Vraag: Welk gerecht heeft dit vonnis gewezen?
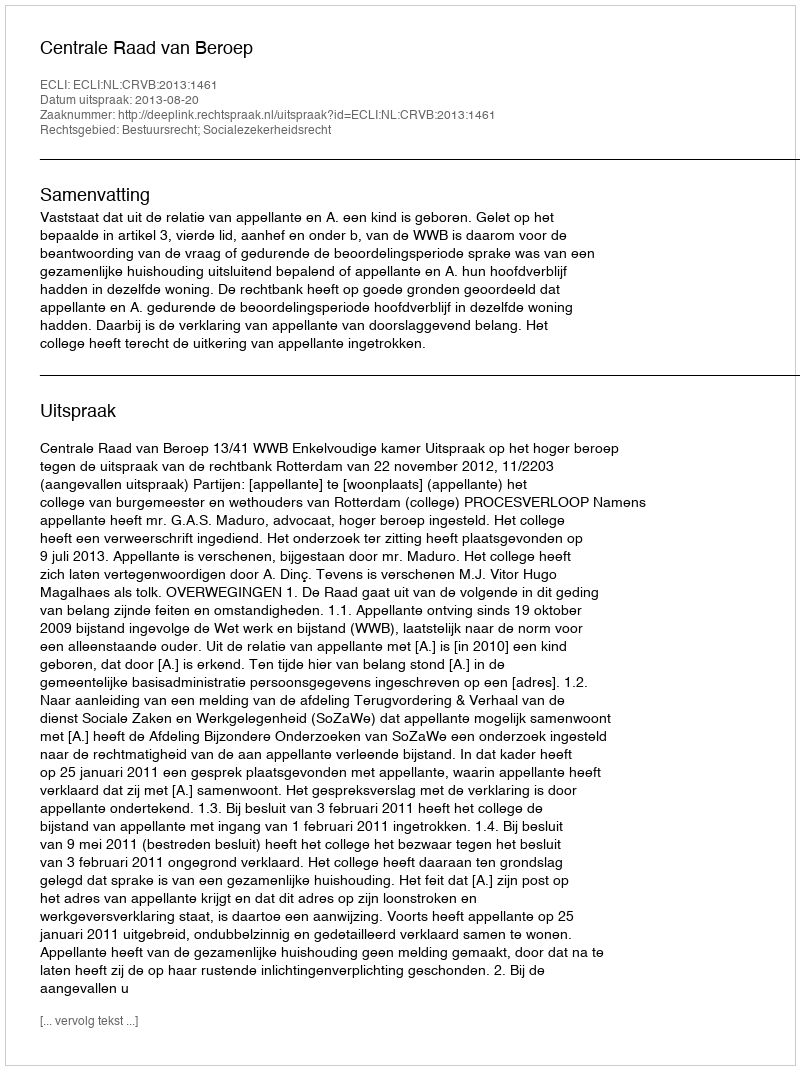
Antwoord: Centrale Raad van Beroep